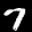
Label: 7